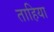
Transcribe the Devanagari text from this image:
ताहिया